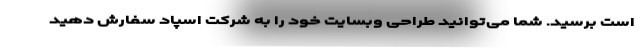
است برسید. شما می‌توانید طراحی وبسایت خود را به شرکت اسپاد سفارش دهید